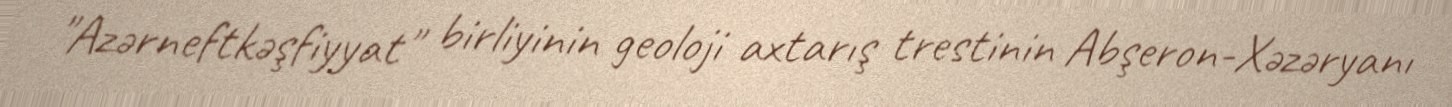
"Azərneftkəşfiyyat" birliyinin geoloji axtarış trestinin Abşeron-Xəzəryanı